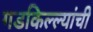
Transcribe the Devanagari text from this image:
गडकिल्ल्यांची